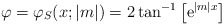
\begin{align*}\varphi=\varphi_{S}(x;|m|)=2\tan^{-1}\left[{\rm e}^{|m|x}\right]\end{align*}